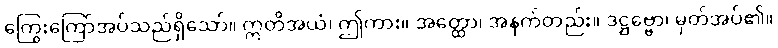
ကြွေးကြော်အပ်သည်ရှိသော်။ ဣတိအယံ၊ ဤကား။ အတ္ထော၊ အနက်တည်း။ ဒဋ္ဌဗ္ဗော၊ မှတ်အပ်၏။